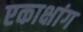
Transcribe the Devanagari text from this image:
एकाक्षांग